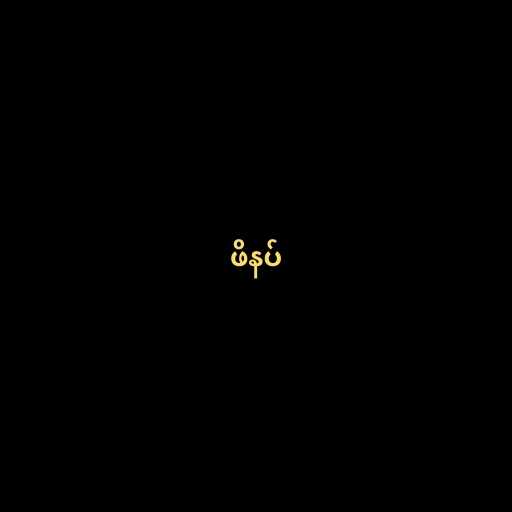
ဖိနပ်